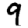
Digit: 9